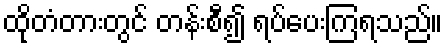
ထိုတံတားတွင် တန်းစီ၍ ရပ်ပေးကြရသည်။